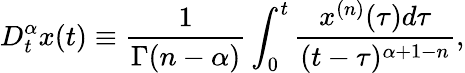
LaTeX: D_{t}^{\alpha}x(t)\equiv\frac{1}{\Gamma(n-\alpha)}\int_{0}^{t}\frac{x^{(n)}(\tau)d\tau}{(t-\tau)^{\alpha+1-n}},